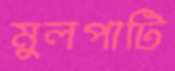
মুলপাটি